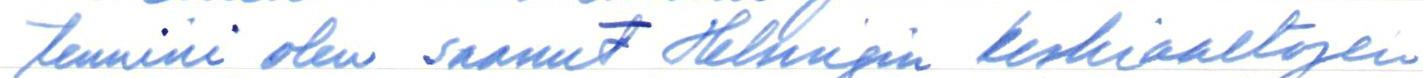
tennini olen saanut Helsingin keskiaaltojen